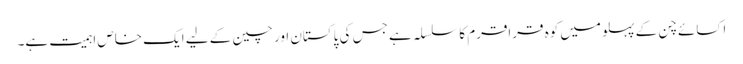
اکسائے چن کے پہلو میں کوہ قراقرم کا سلسلہ ہے جس کی پاکستان اور چین کے لیے ایک خاص اہمیت ہے۔